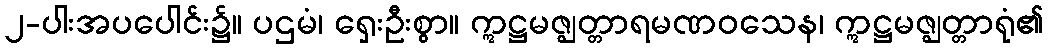
၂-ပါးအပပေါင်း၌။ ပဌမံ၊ ရှေးဦးစွာ။ ဣဋ္ဌမဇ္ဈတ္တာရမဏဝသေန၊ ဣဋ္ဌမဇ္ဈတ္တာရုံ၏